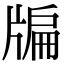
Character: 牑